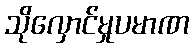
သိုလှောင်မှုပမာဏ